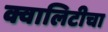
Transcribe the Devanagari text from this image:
क्वालिटीचा